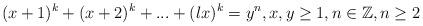
LaTeX: \begin{align*}(x+1)^k+(x+2)^k+...+(lx)^k =y^n, x, y\geq 1, n \in\mathbb{Z}, n \geq 2\end{align*}